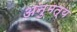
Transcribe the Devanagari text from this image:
अनुमत्य